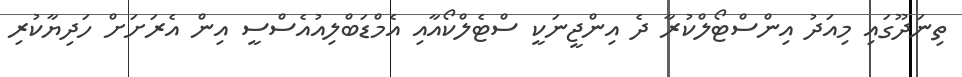
ތިނަދޫގައި މިއަދު އިންސްޓޯލްކުރާ ދެ އިންޖީނަކީ ސްޓެލްކޯއާއި އެމްޑަބްލިއުއެސްސީ އިން އެރަށަށް ހަދިޔާކުރި